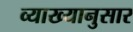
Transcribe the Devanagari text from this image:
व्याख्यानुसार